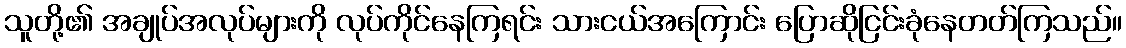
သူတို့၏ အချုပ်အလုပ်များကို လုပ်ကိုင်နေကြရင်း သားငယ်အကြောင်း ပြောဆိုငြင်းခုံနေတတ်ကြသည်။